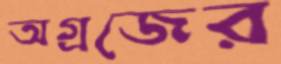
অগ্রজের